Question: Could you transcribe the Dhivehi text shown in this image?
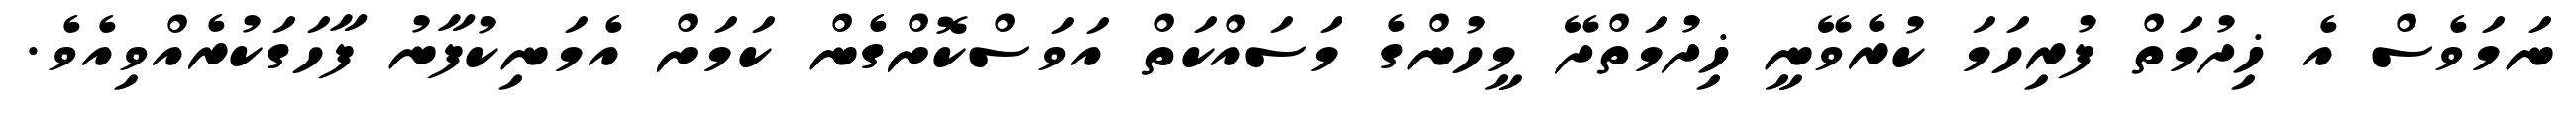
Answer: ނަމަވެސް އެ ޚިދުމަތް ފުރިހަމަ ކުރެވޭނީ ޚިދުމަތްދޭ މީހުންގެ މަސައްކަތް އަވަސްކޮށްގެން ކަމަށް އެމަނިކުފާނު ފާހަގަކުރެއްވިއެވެ.